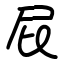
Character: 屁